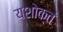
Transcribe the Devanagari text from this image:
यशोक्तं